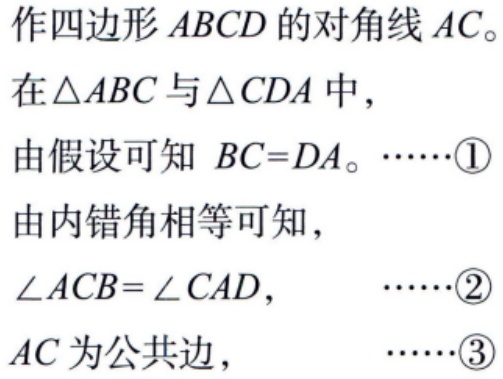
作四边形 \(ABCD\) 的对角线 \(AC\)。
在\(\triangle ABC\) 与 \(\triangle CDA\) 中，
由假设可知 \(BC = DA\)。\(\cdots\cdots\)\textcircled{1}
由内错角相等可知，
\(\angle ACB=\angle CAD\)， \(\cdots\cdots\)\textcircled{2}
\(AC\) 为公共边， \(\cdots\cdots\)\textcircled{3}